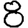
Digit: 8